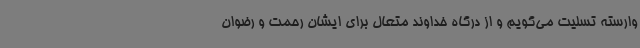
وارسته تسلیت می‌گویم و از درگاه خداوند متعال برای ایشان رحمت و رضوان